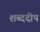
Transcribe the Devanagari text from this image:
शब्ददीप